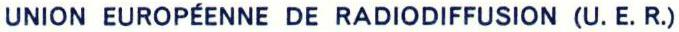
UNION EUROPÉENNE DE RADIODIFFUSION (U.E.R.)